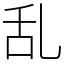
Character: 乱